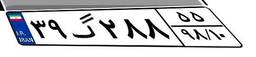
۳۹گ۲۸۸۵۵